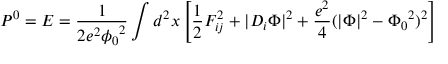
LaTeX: P ^ { 0 } = E = \frac { 1 } { 2 e ^ { 2 } { \phi _ { 0 } } ^ { 2 } } \int d ^ { 2 } x \left[ \frac { 1 } { 2 } F _ { i j } ^ { 2 } + \vert D _ { i } \Phi \vert ^ { 2 } + \frac { e ^ { 2 } } { 4 } ( \vert \Phi \vert ^ { 2 } - { \Phi _ { 0 } } ^ { 2 } ) ^ { 2 } \right]